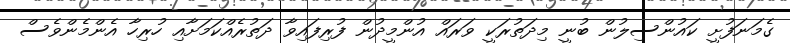
ގެމަނަފުށީ ކައުންސިލުން ބުނީ މިދަތުރަކީ ވަރައް އުންމީދުން ފުރިފައިވާ ދަތުރެއްކަމަށާއި ހުރިހާ އެންމެންވެސް